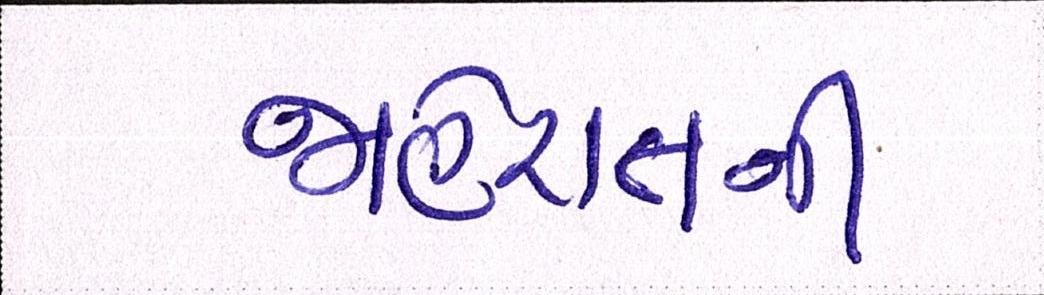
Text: જાહેરાતની